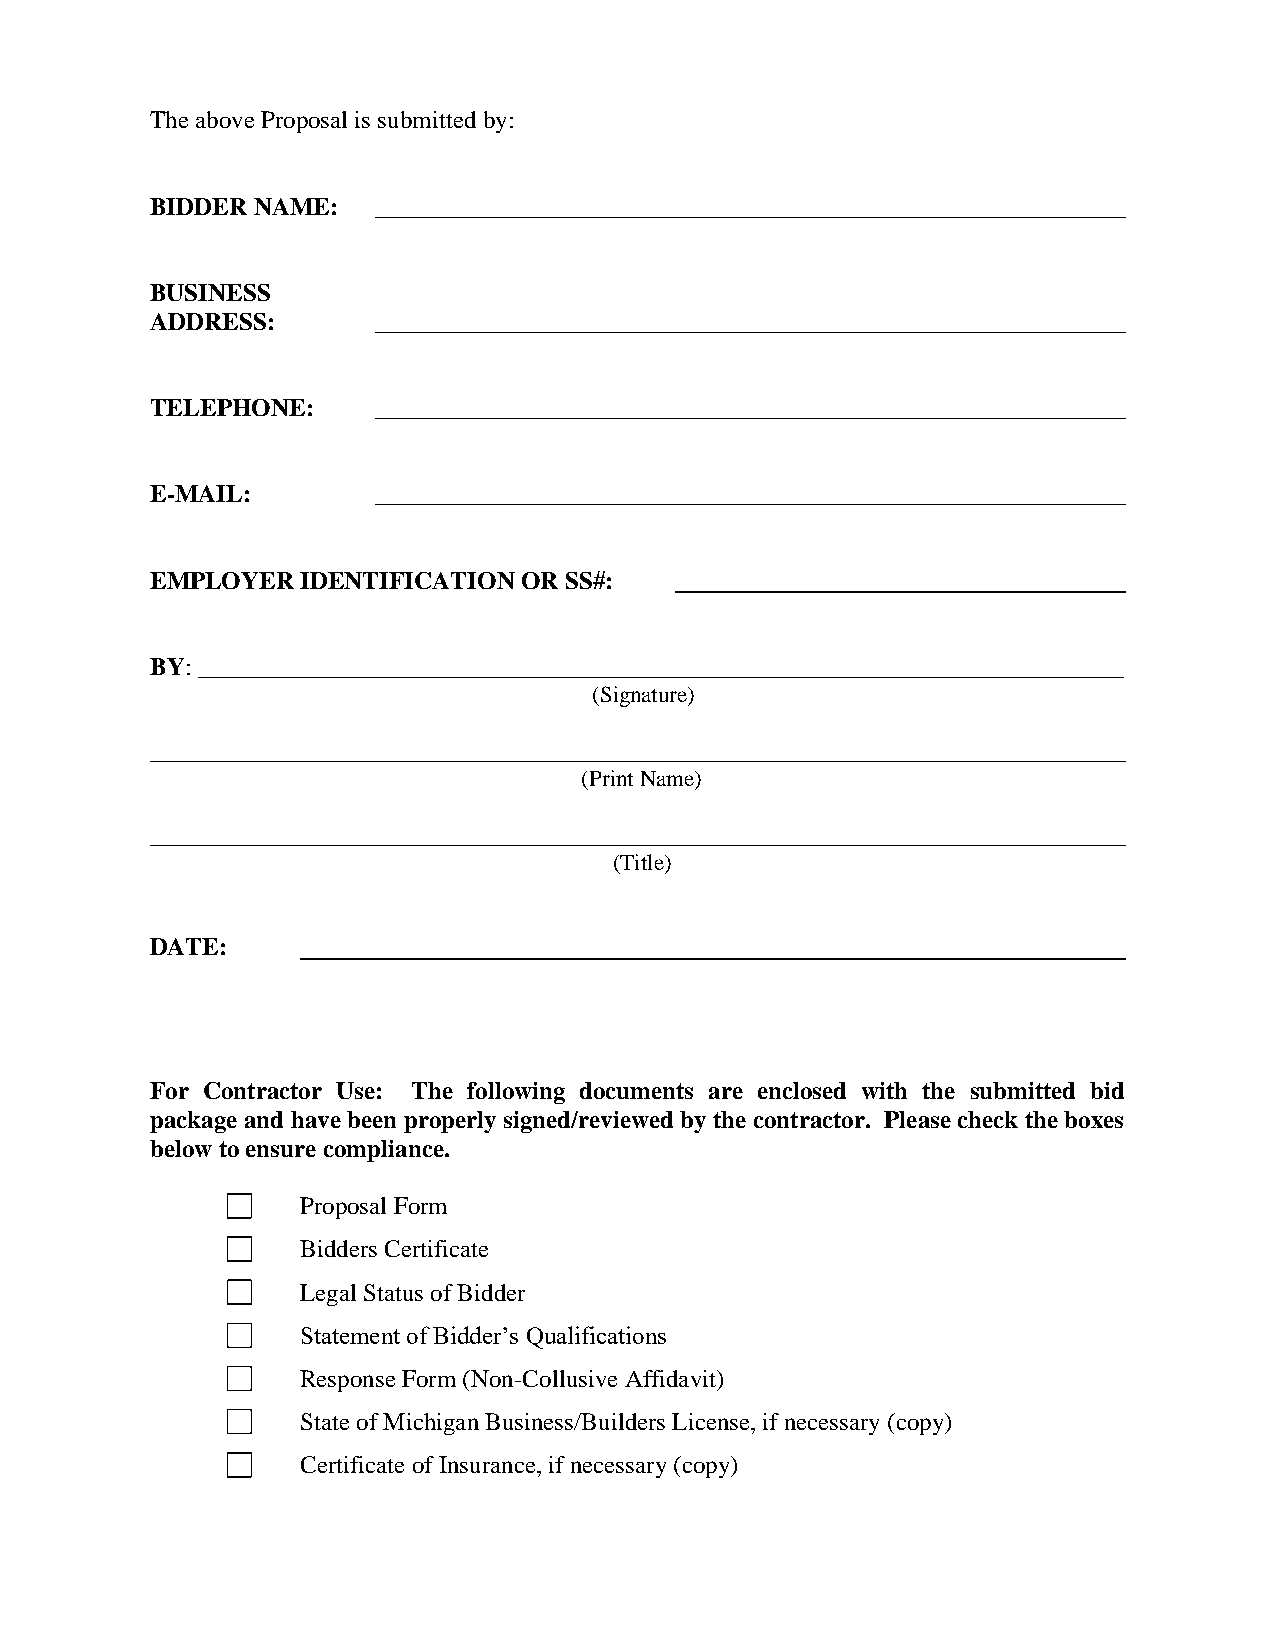
The above Proposal is submitted by:
 BIDDER NAME:   ____________________________________________________________
 BUSINESS
 ADDRESS:       ____________________________________________________________
 TELEPHONE:     ____________________________________________________________
 E-MAIL:        ____________________________________________________________
 EMPLOYER  IDENTIFICATION OR SS#:
 BY: __________________________________________________________________________
 (Signature)
 ______________________________________________________________________________
 (Print Name)
 ______________________________________________________________________________
 (Title)
 DATE:
 For Contractor Use: The following documents are enclosed with the submitted bid
 package and have been properly signed/reviewed by the contractor. Please check the boxes
 below to ensure compliance.
 Proposal Form
 Bidders Certificate
 Legal Status of Bidder
 Statement of Bidder’s Qualifications
 Response Form (Non-Collusive Affidavit)
 State of Michigan Business/Builders License, if necessary (copy)
 Certificate of Insurance, if necessary (copy)